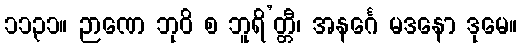
၁၁၃၁။ ဉာဏေ ဘုဝိ စ ဘူရိ’တ္တီ၊ အနင်္ဂေ မဒနော ဒုမေ။